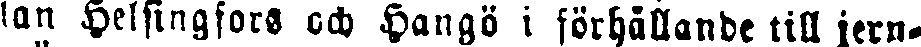
lan Helsingfors och Hangö i förhållande till jern-